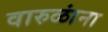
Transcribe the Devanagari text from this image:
वारुळांना